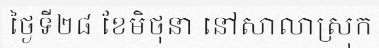
ថ្ងៃទី២៨ ខែមិថុនា នៅសាលាស្រុក